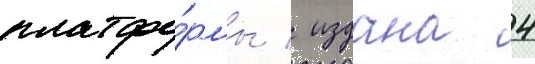
платфо́рмы / издана 4